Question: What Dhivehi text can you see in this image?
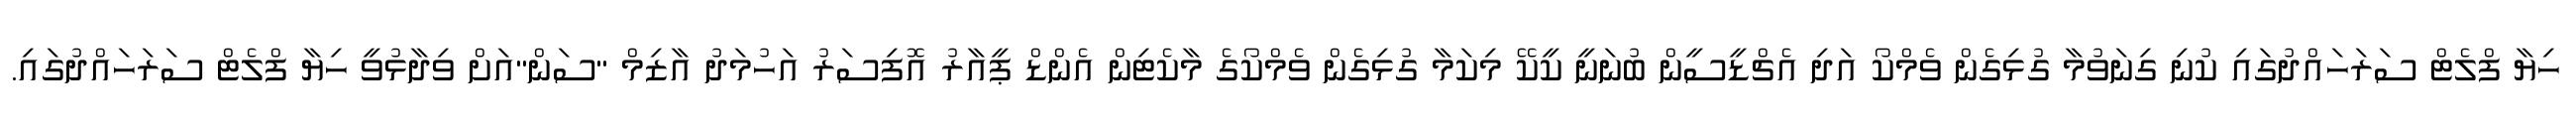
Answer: ހިޔާ ފްލެޓް ސަރަހައްދުގައި ކުނި ގިނަވުމާ ގުޅިގެން ވެމްކޯ އަދި އެޗްޑީސީން ބުނަނީ ކީކޭ މިކަމާ ގުޅިގެން ވެމްކޯގެ މާކެޓިން އެންޑް ޕީއާރު އޮފިސަރު އަހުމަދު އާޒިމް "ސަން"އަށް ވިދާޅުވީ ހިޔާ ފްލެޓް ސަރަހައްދުގައި.